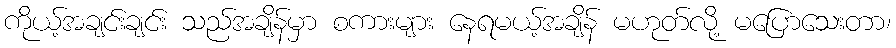
ကိုယ့်အချင်းချင်း သည်အချိန်မှာ စကားများ နေရမယ့်အချိန် မဟုတ်လို့ မပြောသေးတာ၊